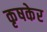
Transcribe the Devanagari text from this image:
कृषकेर